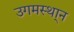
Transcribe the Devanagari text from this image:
उगमस्था्न